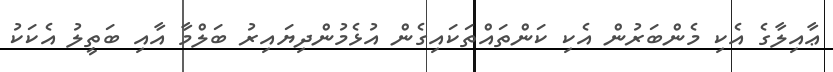
ޢާއިލާގެ އެކި މެންބަރުން އެކި ކަންތައްތަކައިގެން އުޅެމުންދިޔައިރު ބަލްމާ އާއި ބަތީލު އެކަކު